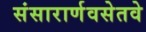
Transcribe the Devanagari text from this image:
संसारार्णवसेतवे